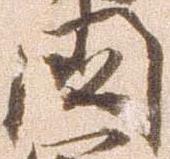
国